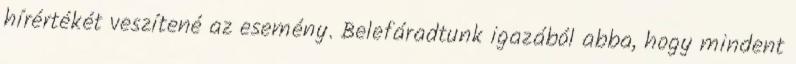
hírértékét veszítené az esemény. Belefáradtunk igazából abba, hogy mindent